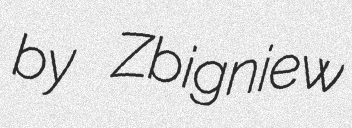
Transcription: by Zbigniew